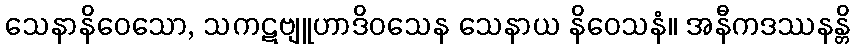
သေနာနိဝေသော, သကဋဗျူဟာဒိဝသေန သေနာယ နိဝေသနံ။ အနီကဒဿနန္တိ